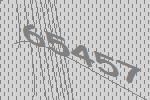
65457